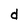
Character: d